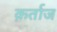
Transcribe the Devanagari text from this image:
क़र्ताज